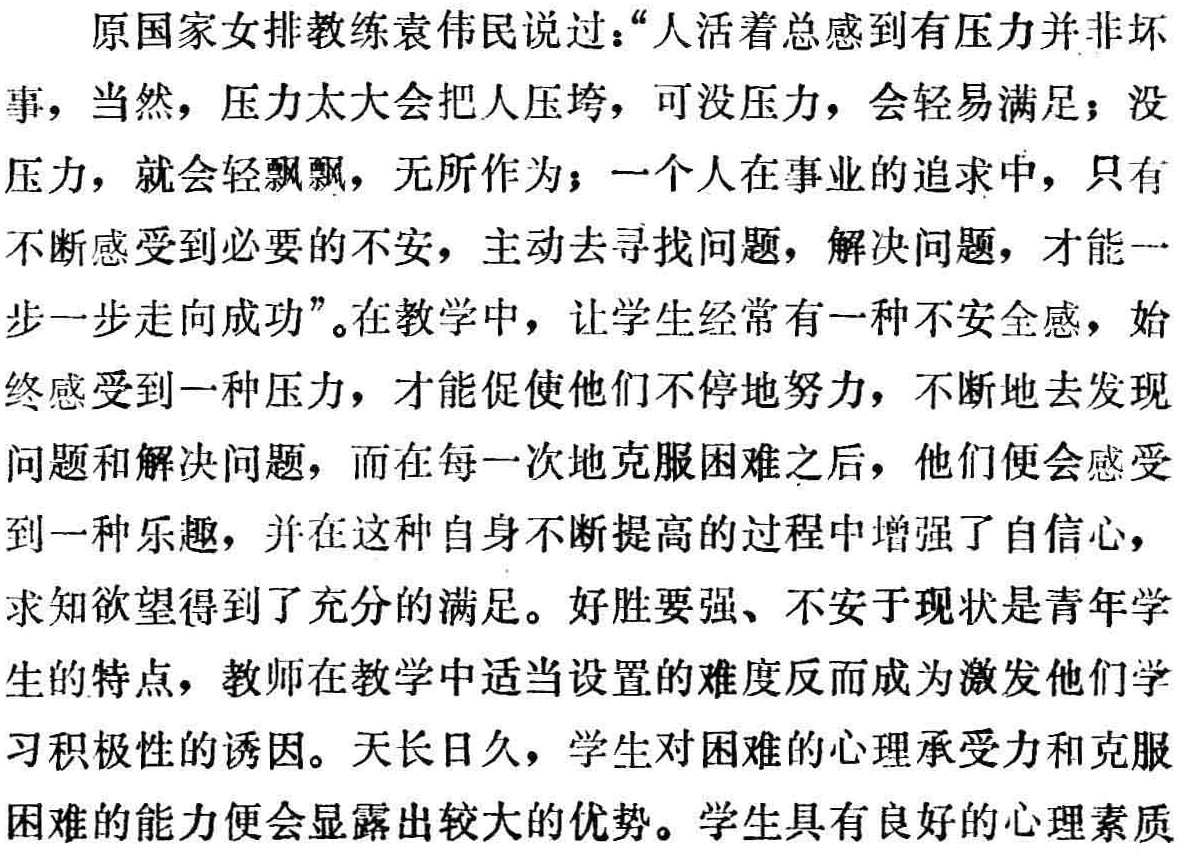
原国家女排教练袁伟民说过：“人活着总感到有压力并非坏事，当然，压力太大会把人压垮，可没压力，会轻易满足；没压力，就会轻飘飘，无所作为；一个人在事业的追求中，只有不断感受到必要的不安，主动去寻找问题，解决问题，才能一步一步走向成功”。在教学中，让学生经常有一种不安全感，始终感受到一种压力，才能促使他们不停地努力，不断地去发现问题和解决问题，而在每一次地克服困难之后，他们便会感受到一种乐趣，并在这种自身不断提高的过程中增强了自信心，求知欲望得到了充分的满足。好胜要强、不安于现状是青年学生的特点，教师在教学中适当设置的难度反而成为激发他们学习积极性的诱因。天长日久，学生对困难的心理承受力和克服困难的能力便会显露出较大的优势。学生具有良好的心理素质